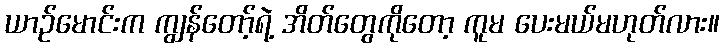
ယာဉ်မောင်းက ကျွန်တော့်ရဲ့ အိတ်တွေကိုတော့ ကူမ ပေးမယ်မဟုတ်လား။